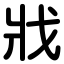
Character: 戕